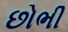
છોભી